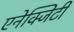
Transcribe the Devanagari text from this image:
एनेक्जिटी